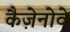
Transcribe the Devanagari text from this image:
कैज़ेनोवे